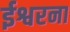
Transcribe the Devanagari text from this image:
ईश्वरना